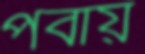
পবায়